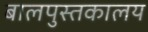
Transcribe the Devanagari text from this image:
बालपुस्तकालय